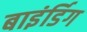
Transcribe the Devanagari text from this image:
बाइंर्डिग